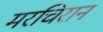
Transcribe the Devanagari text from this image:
मरचिरान